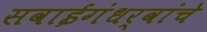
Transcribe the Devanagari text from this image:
सवाईगंधर्वांचे